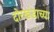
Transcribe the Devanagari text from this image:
दोरखंडाच्या